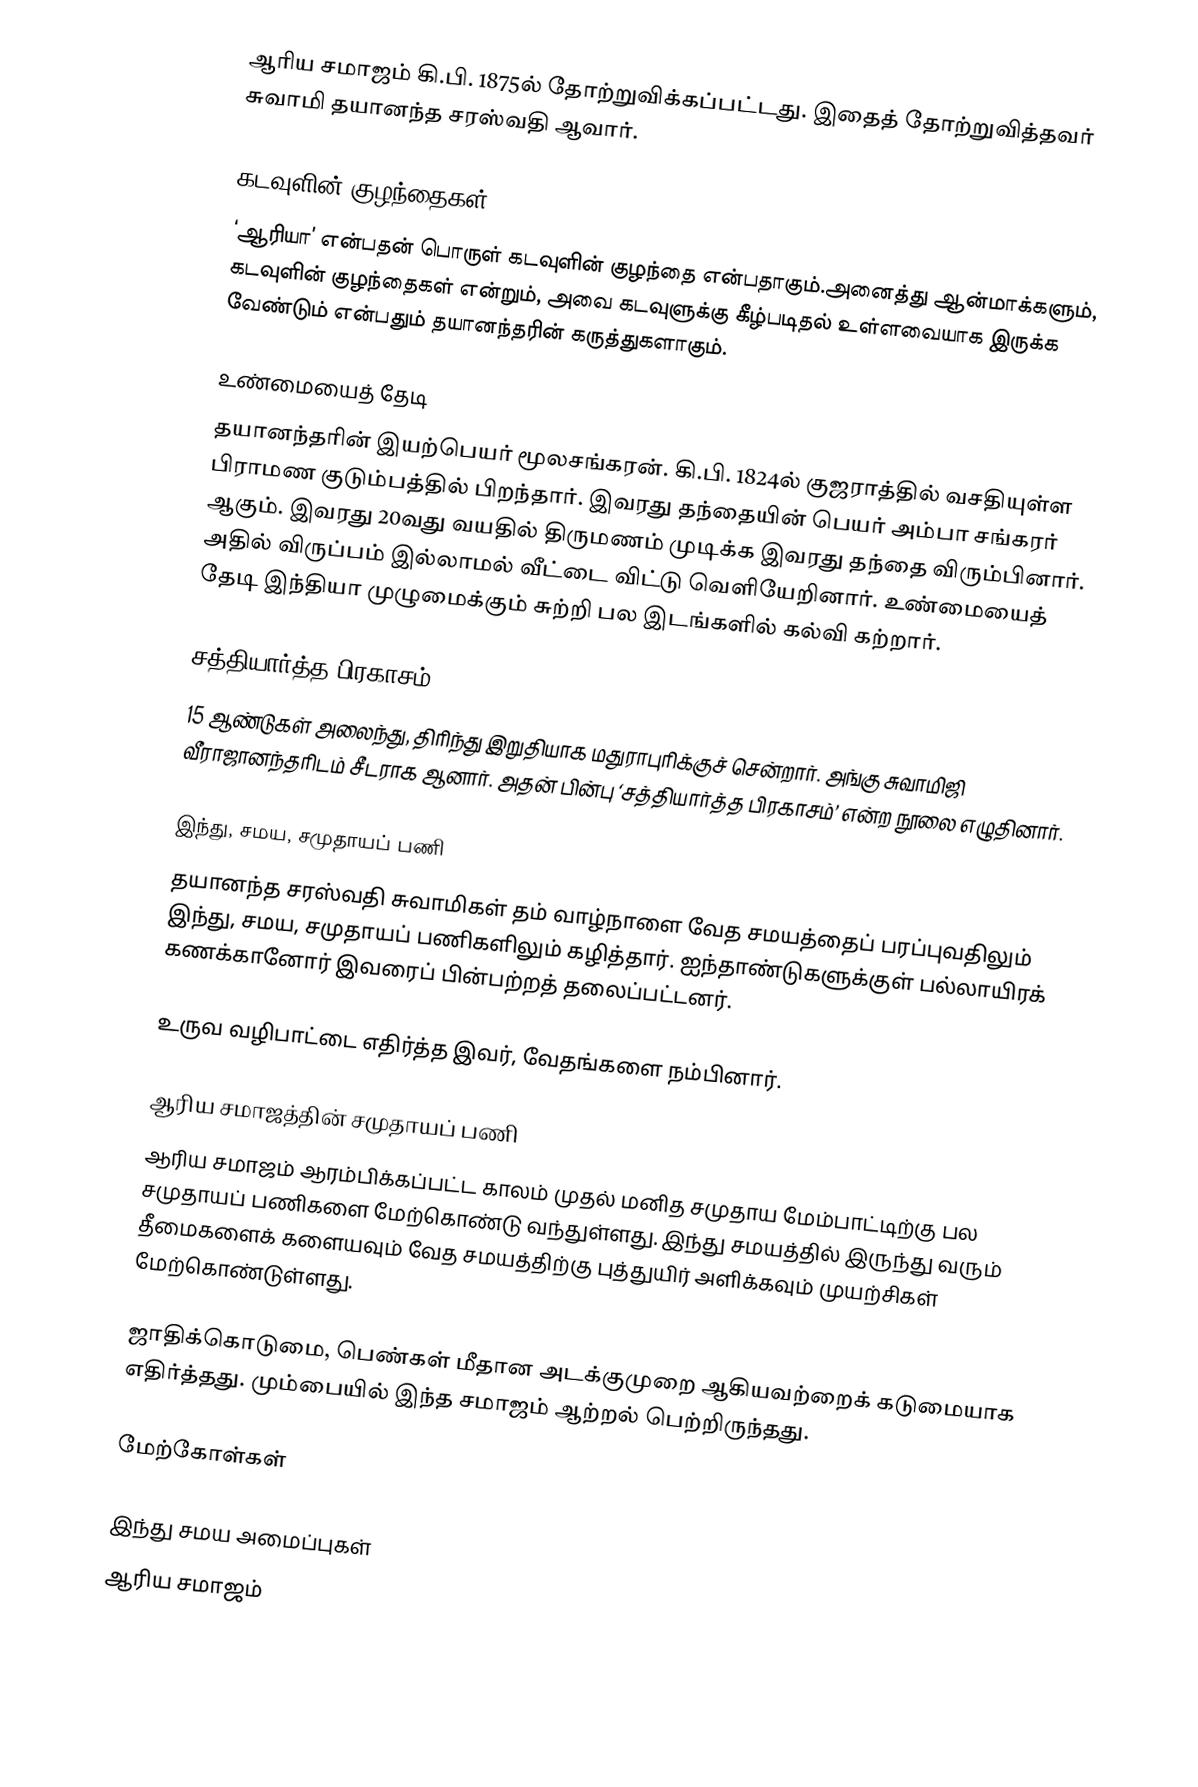
ஆரிய சமாஜம் கி.பி. 1875ல் தோற்றுவிக்கப்பட்டது. இதைத் தோற்றுவித்தவர் சுவாமி தயானந்த சரஸ்வதி ஆவார்.

கடவுளின் குழந்தைகள்
‘ஆரியா’ என்பதன் பொருள் கடவுளின் குழந்தை என்பதாகும்.அனைத்து ஆன்மாக்களும், கடவுளின் குழந்தைகள் என்றும், அவை கடவுளுக்கு கீழ்படிதல் உள்ளவையாக இருக்க வேண்டும் என்பதும் தயானந்தரின் கருத்துகளாகும்.

உண்மையைத் தேடி
தயானந்தரின் இயற்பெயர் மூலசங்கரன். கி.பி. 1824ல் குஜராத்தில் வசதியுள்ள பிராமண குடும்பத்தில் பிறந்தார். இவரது தந்தையின் பெயர் அம்பா சங்கரர்  ஆகும். இவரது 20வது வயதில் திருமணம் முடிக்க இவரது தந்தை விரும்பினார். அதில் விருப்பம் இல்லாமல் வீட்டை விட்டு வெளியேறினார். உண்மையைத் தேடி இந்தியா முழுமைக்கும் சுற்றி பல இடங்களில் கல்வி கற்றார்.

சத்தியார்த்த பிரகாசம்
15 ஆண்டுகள் அலைந்து, திரிந்து இறுதியாக மதுராபுரிக்குச் சென்றார். அங்கு சுவாமிஜி வீராஜானந்தரிடம் சீடராக ஆனார். அதன் பின்பு ‘சத்தியார்த்த பிரகாசம்’ என்ற நூலை எழுதினார்.

இந்து, சமய, சமுதாயப் பணி
தயானந்த சரஸ்வதி சுவாமிகள் தம் வாழ்நாளை வேத சமயத்தைப் பரப்புவதிலும் இந்து, சமய, சமுதாயப் பணிகளிலும் கழித்தார். ஐந்தாண்டுகளுக்குள் பல்லாயிரக் கணக்கானோர் இவரைப் பின்பற்றத் தலைப்பட்டனர்.

உருவ வழிபாட்டை எதிர்த்த இவர், வேதங்களை நம்பினார்.

ஆரிய சமாஜத்தின் சமுதாயப் பணி
ஆரிய சமாஜம் ஆரம்பிக்கப்பட்ட காலம் முதல் மனித சமுதாய மேம்பாட்டிற்கு பல சமுதாயப் பணிகளை மேற்கொண்டு வந்துள்ளது. இந்து சமயத்தில் இருந்து வரும் தீமைகளைக் களையவும் வேத சமயத்திற்கு புத்துயிர் அளிக்கவும் முயற்சிகள் மேற்கொண்டுள்ளது.

ஜாதிக்கொடுமை, பெண்கள் மீதான அடக்குமுறை ஆகியவற்றைக் கடுமையாக எதிர்த்தது. மும்பையில் இந்த சமாஜம் ஆற்றல் பெற்றிருந்தது.

மேற்கோள்கள்

இந்து சமய அமைப்புகள்
ஆரிய சமாஜம்